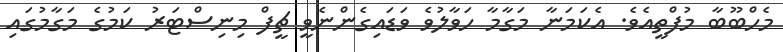
މެހްބޫބާ މުފްތީއެވެ. އެކަމަނާ މަގާމާ ހަވާލުވެ ވަޑައިގެންނެވީ ޗީފް މިނިސްޓަރު ކަމުގެ މަގާމުގައި